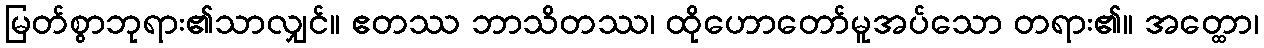
မြတ်စွာဘုရား၏သာလျှင်။ ဧတဿ ဘာသိတဿ၊ ထိုဟောတော်မူအပ်သော တရား၏။ အတ္ထော၊